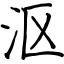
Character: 沤